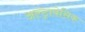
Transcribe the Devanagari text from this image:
अल्ट्राबेसिक